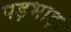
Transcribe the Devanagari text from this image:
पड़भाड़ा